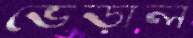
ভেড়াল